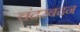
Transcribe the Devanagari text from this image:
चंदरबदन